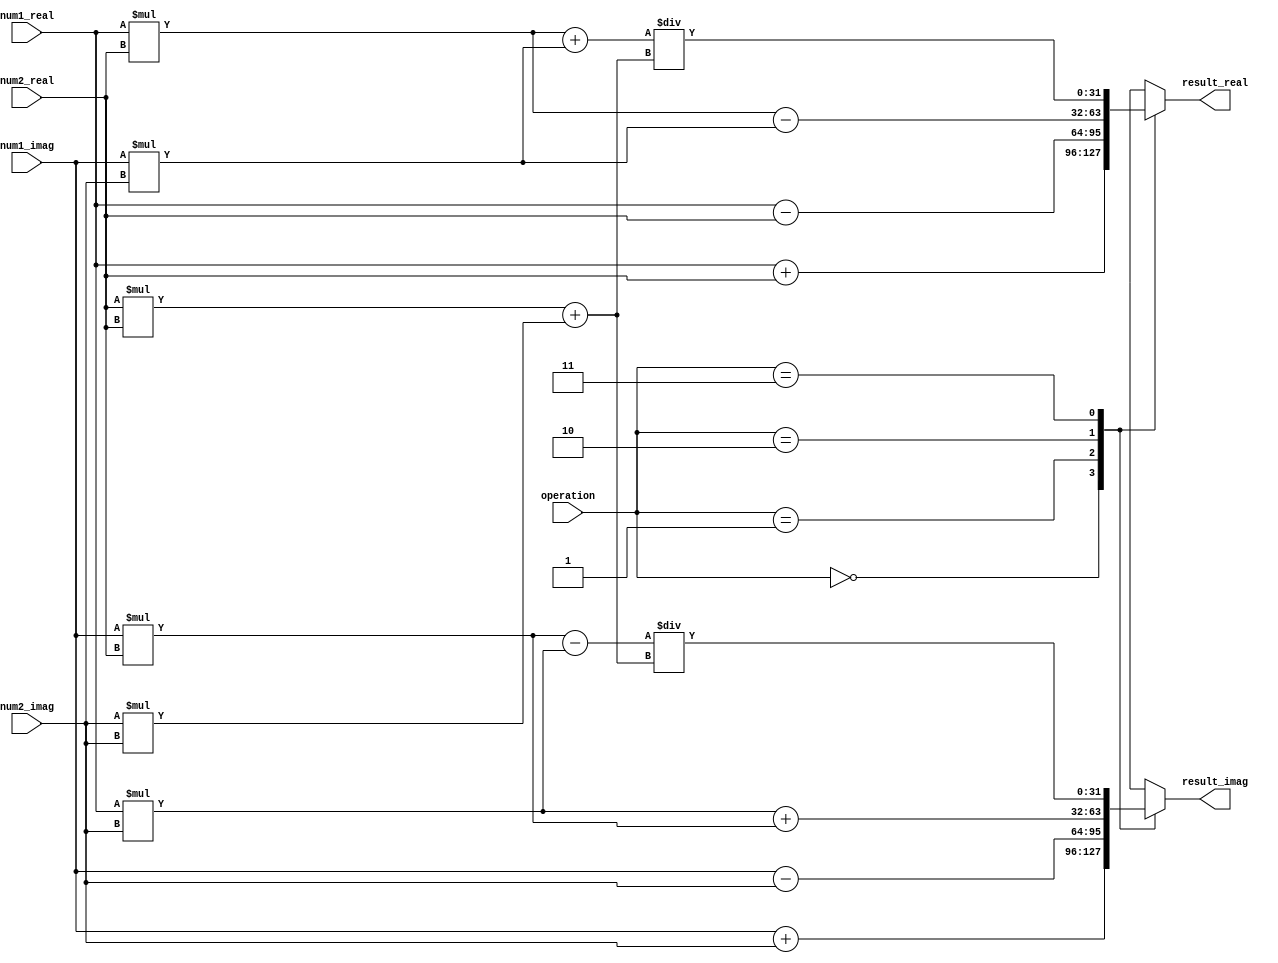
module complex_alu(
    input wire [31:0] num1_real,
    input wire [31:0] num1_imag,
    input wire [31:0] num2_real,
    input wire [31:0] num2_imag,
    input wire [1:0] operation, // 00: addition, 01: subtraction, 10: multiplication, 11: division
    output reg [31:0] result_real,
    output reg [31:0] result_imag
);

// Real part arithmetic block
always @(*)
begin
    case(operation)
        2'b00: // addition
            result_real = num1_real + num2_real;
        2'b01: // subtraction
            result_real = num1_real - num2_real;
        2'b10: // multiplication
            result_real = (num1_real * num2_real) - (num1_imag * num2_imag);
        2'b11: // division
            result_real = ((num1_real * num2_real) + (num1_imag * num2_imag)) / ((num2_real * num2_real) + (num2_imag * num2_imag));
    endcase
end

// Imaginary part arithmetic block
always @(*)
begin
    case(operation)
        2'b00: // addition
            result_imag = num1_imag + num2_imag;
        2'b01: // subtraction
            result_imag = num1_imag - num2_imag;
        2'b10: // multiplication
            result_imag = (num1_real * num2_imag) + (num1_imag * num2_real);
        2'b11: // division
            result_imag = ((num1_imag * num2_real) - (num1_real * num2_imag)) / ((num2_real * num2_real) + (num2_imag * num2_imag));
    endcase
end

endmodule